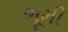
ભૂમી